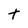
Character: t